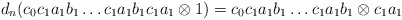
\begin{align*}d_n(c_0c_1a_1b_1 \dots c_1a_1b_1c_1a_1 \otimes 1) = c_0c_1a_1b_1 \dots c_1a_1b_1 \otimes c_1a_1\end{align*}